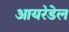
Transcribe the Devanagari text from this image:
आयरेडेल